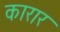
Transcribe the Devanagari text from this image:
कारार